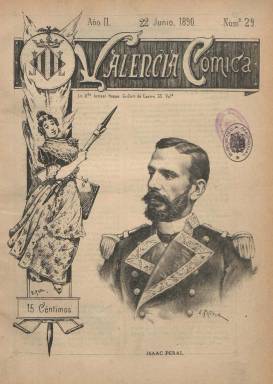
Título: Valencia cómica
Colección: Revistas satíricas y humorísticas
Ámbito geográfico: Valencia
Lugar de publicación: Valencia
Fechas: 22/06/1890-17/08/1890

Dirigida por Edmundo de C. Bonet, autor de teatro lírico, esta publicación festiva semanal sólo estuvo viva durante un año, de diciembre de 1889 a diciembre de 1990, y gozó de amplia aceptación popular al principio aunque a la postre resultó efímera.

   Con 16 páginas por número y amplias ilustraciones, el semanario imitaba a Madrid Cómico y Madrid Alegre, revistas de gran éxito popular en ese momento. Además de en Valencia, tenía oficinas de venta en la capital de España y en Cuba.

    Para las portadas litográficas, la publicación contó con la participación del establecimiento de la viuda de Ismael Haase y del fotógrafo Federico Vela. Colaboraron también en sus páginas numerosos autores y dibujantes como E. Pastor, que por entonces era un reputado artista de obras costumbristas. Los dibujos y viñetas se acompañaban de textos humorísticos y picantes, siendo la primera revista valenciana de este tipo y un buen ejemplo del humor gráfico de la región de finales del siglo XIX.

    Los textos que iban sueltos sin ilustraciones, muchos de ellos escritos en verso, se centraban mayoritariamente en comentar de forma satírica y humorística la actualidad nacional y también internacional. Así ocurre en uno de los dos números que posee la BNE en cuya portada puede verse un fotograbado de Isaac Peral y en páginas interiores comentarios referidos al inventor del submarino, entonces de ‘rabiosa’ actualidad.

  Más información sobre esta publicación puede consultarse en el periódico digital Valencia Noticias

[Descripción publicada el 26/7/2018]